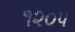
૧૨૦૫